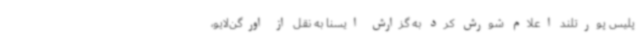
پلیس پورتلند اعلام شورش کرد به گزارش ایسنا به نقل از اورگن‌لایو،